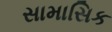
સામાસિક